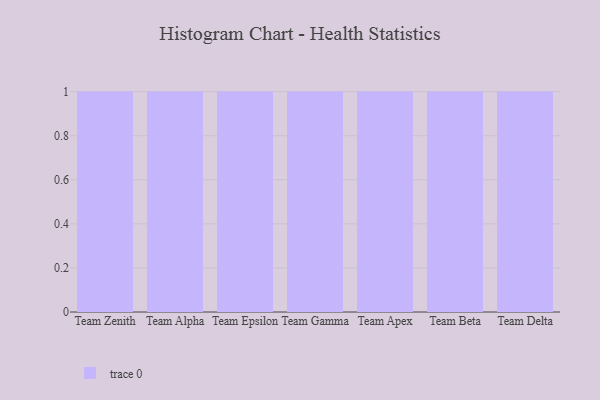
{"axis": {"x": "Team", "y": "Revenue (USD Million)"}, "legend": [""], "data": [{"x": "Team Zenith", "y": 95, "type": ""}, {"x": "Team Alpha", "y": 77, "type": ""}, {"x": "Team Epsilon", "y": 88, "type": ""}, {"x": "Team Gamma", "y": 73, "type": ""}, {"x": "Team Apex", "y": 12, "type": ""}, {"x": "Team Beta", "y": 57, "type": ""}, {"x": "Team Delta", "y": 60, "type": ""}]}